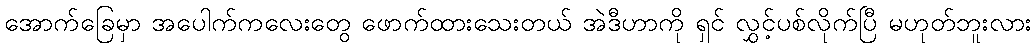
အောက်ခြေမှာ အပေါက်ကလေးတွေ ဖောက်ထားသေးတယ် အဲဒီဟာကို ရှင် လွှင့်ပစ်လိုက်ပြီ မဟုတ်ဘူးလား